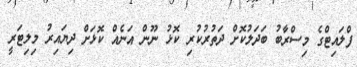
ފްލައިޓްގެ މިސްރާބު ބަދަލުކޮށް ދަތުރުކުރި ކޮޅު ނޫން އަނެއް ކޮޅަށް ދިޔައިރު މިލިޓަރީ